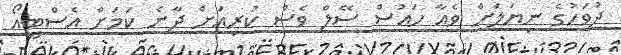
ދުވަހުގެ ނިޔަލަށް ވެއާ ހައުސް ސޭލް ވެސް ކުރިއަށް ދާނެ ކަމަށް އެސްޓީއޯ